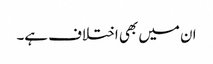
ان میں بھی اختلاف ہے۔